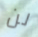
لن